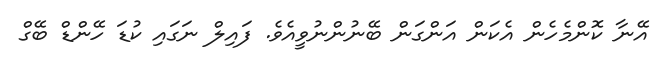
އޭނާ ކޮންމެހެން އެކަން އަންގަން ބޭނުންނުވީއެވެ. ފައިލް ނަގައި ކުޑަ ހޭންޑް ބޭގް